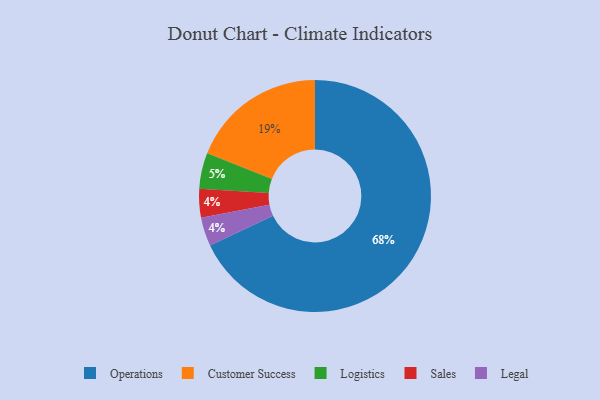
{"axis": {"x": "Category", "y": "Percentage"}, "legend": ["Customer Success", "Legal", "Logistics", "Operations", "Sales"], "data": [{"x": "Sales", "y": 4, "type": "Sales"}, {"x": "Operations", "y": 68, "type": "Operations"}, {"x": "Customer Success", "y": 19, "type": "Customer Success"}, {"x": "Legal", "y": 4, "type": "Legal"}, {"x": "Logistics", "y": 5, "type": "Logistics"}]}